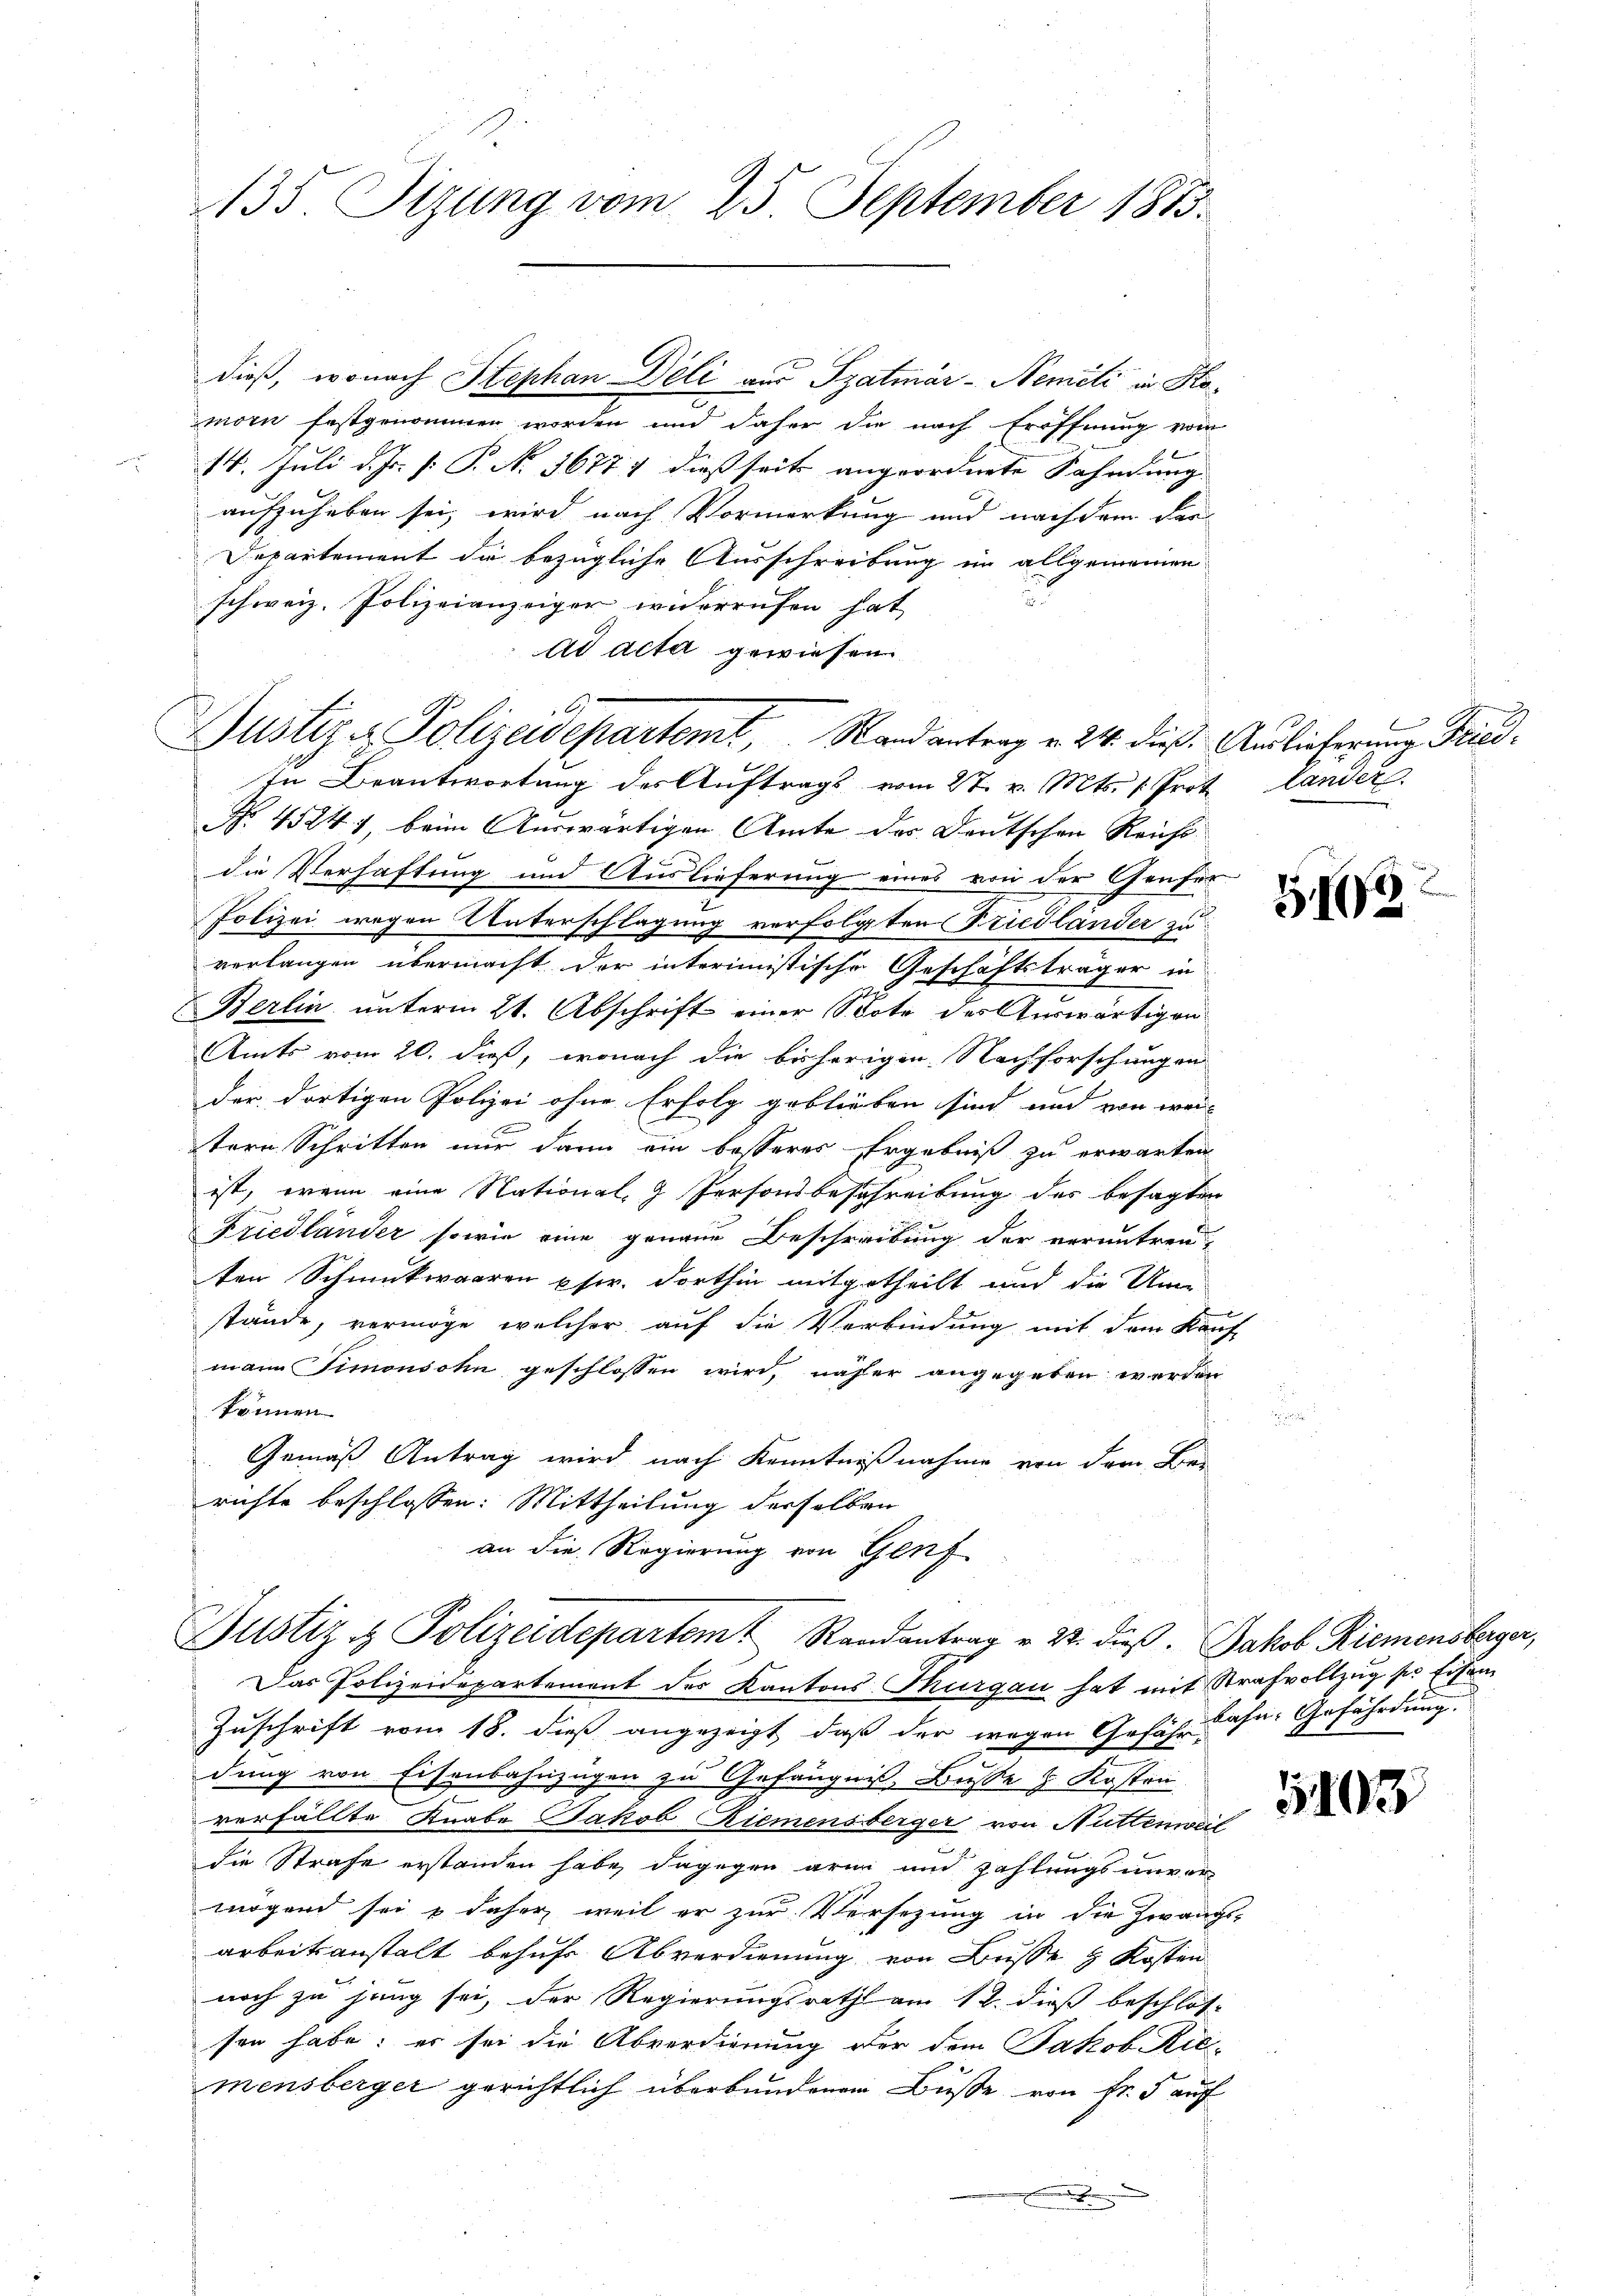
135. Sizung vom 25. September 1883.

dieß, wonach Stephan Deli aus Szatmär-Nemiti in Komorn festgenommen worden und daher die nach Eröffnung vom
14. Juli d. Js. [ P. N. 3677; dießseits angeordnete Fahndung |
aufzuheben sei, wird nach Vormerkung und nach dem dar-
Departement die bezügliche Ausschreibung im allgemeinen
u
schweiz. Polizeianzeiger widerrufen hat
ad acta gewiesen.
Justiz & Polizeidepartemt, Randantrag v. 24. dieß. Auslieferung Fried¬
In Beantwortung des Auftrags vom 27. v. Mts. 1. Prot. Lander
NNo. 45247, beim Auswärtigen Amte des Deutschen Reicht
die Verhaftung und Auslieferung eines von der Genfer
Polizei wegen Unterschlagung verfolgten Friedlander zu
verlangen übermacht der interimistische Geschäftsträger in
Berlin unterm 21. Abschrift einer Spote des Auswärtigen
Amts vom 20. dieß, wonach die bisherigen Nachforschungen
der dortigen Polizei ohne Erfolg geblieben sind und von wei
stern Schritten nur dann ein besseres Ergebniß zu erwarten
ist, wenn eine National, 7 Personsbeschreibung des besagten
Friedländer sowie eine genaue Beschreibung der verantren
ten Schmuckwaaren pfw. dorthin mitgetheilt und die Umstände, vermöge, welcher auf die Verbindung mit dem Kauf-
mann Simonsohn geschlossen wird, näher angegeben werden
können
Gemäß Antrag wird nach Kenntnißnahme von dem Be-
richte beschlossen: Mittheilung derselben
an die Regierung von Genf

x

Justiz & Polizeidepartemt Randantrag v. 22. dieβ. Jakob Riemensberger,

Das Polizeidepartement des Kantons Thurgau hat mit Strafvollzug der Eisen
Zuschrift vom 18. dieß angezeigt, daß der wegen Gefähr bahn- Gefährdung.
dung von Eisenbahnzügen zu Gefängnis, Busse & Kosten
verfällte Knabe Jakob Riemensberger von Nutterie
die Strafe erstanden habe, dagegen arm und zahlungs unver
mögend sei & daher weil er zur Versetzung in die Zwangs-
arbeitsanstalt behufs Abverdienung von Busse & Kosten
noch zu jung sei, der Regierungsrath am 12. dieß beschlos-
sen habe; er sei die Abverdienung der dem Jakob Riemensberger gerichtlich überbundenen Buße von Fr. 5 auf
d

5102

5103